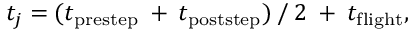
t _ { j } = ( t _ { \mathrm { p r e s t e p } } \: + \: t _ { \mathrm { p o s t s t e p } } ) \: / \: 2 \: + \: t _ { \mathrm { f l i g h t } } ,